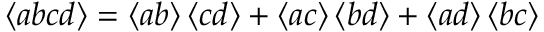
\left\langle a b c d \right\rangle = \left\langle a b \right\rangle \left\langle c d \right\rangle + \left\langle a c \right\rangle \left\langle b d \right\rangle + \left\langle a d \right\rangle \left\langle b c \right\rangle